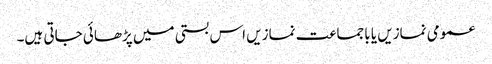
عمومی نمازیں یا باجماعت نمازیں اس بستی میں پڑھائی جاتی ہیں۔